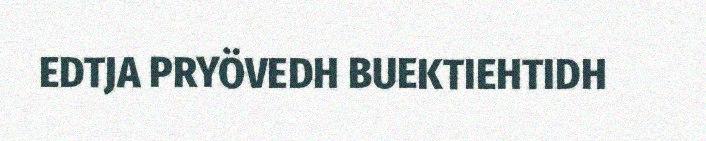
EDTJA PRYÖVEDH BUEKTIEHTIDH